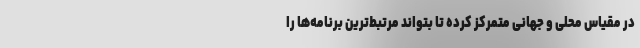
در مقیاس محلی و جهانی متمرکز کرده تا بتواند مرتبط‌ترین برنامه‌ها را